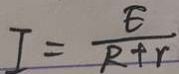
I = \frac { E } { R + r }